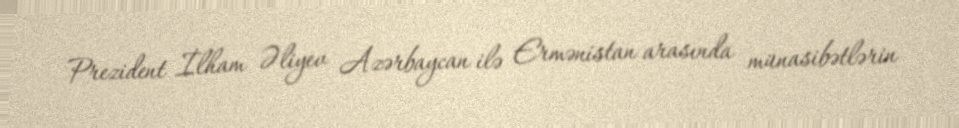
Prezident İlham Əliyev Azərbaycan ilə Ermənistan arasında münasibətlərin